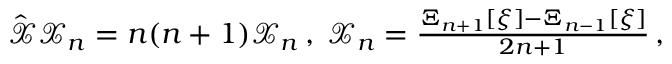
\begin{array} { r } { \hat { \mathcal { X } } \mathcal { X } _ { n } = n ( n + 1 ) \mathcal { X } _ { n } \, , \; \mathcal { X } _ { n } = \frac { \Xi _ { n + 1 } [ \xi ] - \Xi _ { n - 1 } [ \xi ] } { 2 n + 1 } \, , \ } \end{array}